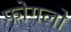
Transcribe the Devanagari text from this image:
फोगलो